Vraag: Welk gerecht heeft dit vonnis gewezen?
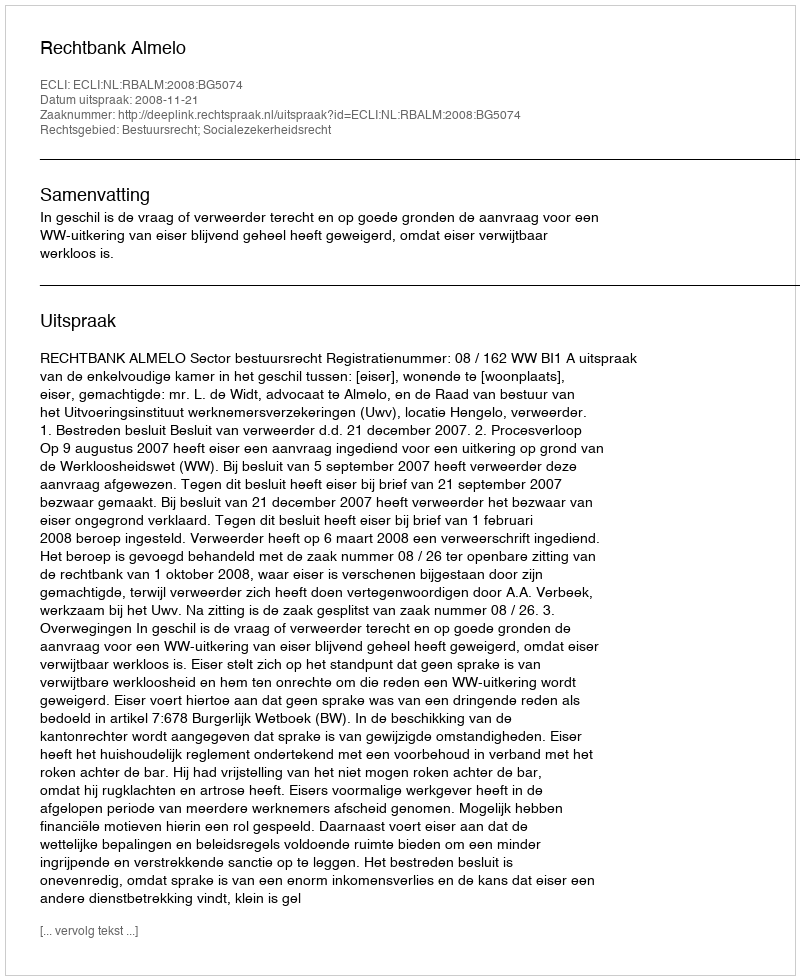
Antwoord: Rechtbank Almelo